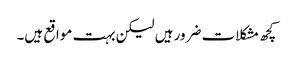
کچھ مشکلات ضرور ہیں لیکن بہت مواقع ہیں۔